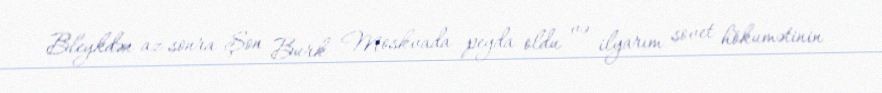
Bleykdən az sonra Şon Burk Moskvada peyda oldu və ilyarım sovet hökumətinin